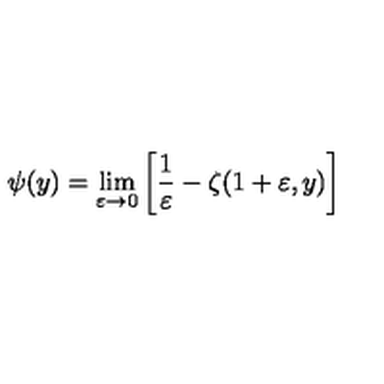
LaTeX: \psi ( y ) = \lim _ { \varepsilon \rightarrow 0 } \left[ \frac 1 \varepsilon - \zeta ( 1 + \varepsilon , y ) \right]